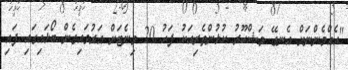
"އެއްމެންނަށް އެނގޭ މަޝްހޫރު ކުޅުންތެރިއަކު ފަހު 20 މިނެޓަށް އަރުވައިގެން ބޯޅައިގައި ފައި